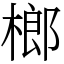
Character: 榔